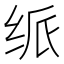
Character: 𬘦